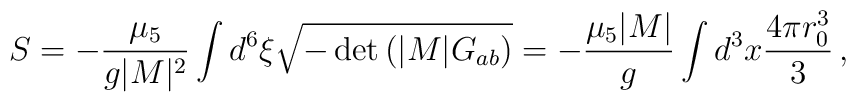
S = -\frac{\mu_5}{g|M|^2} \int d^6\xi \sqrt{-\det \left( |M| G_{ab}\right)} = -\frac{\mu_5 |M|}{g} \int d^3x \frac{4\pi r_0^3}{3}\, ,